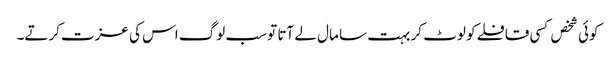
کوئی شخص کسی قافلے کو لوٹ کر بہت سا مال لے آتا تو سب لوگ اس کی عزت کرتے۔